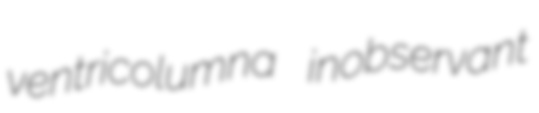
ventricolumna inobservant